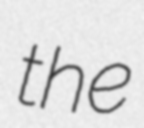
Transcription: the